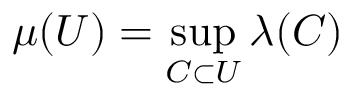
\mu ( U ) = \operatorname* { s u p } _ { C \subset U } \lambda ( C )